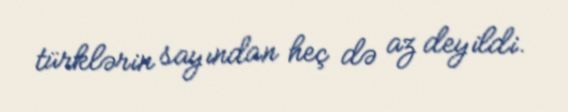
türklərin sayından heç də az deyildi.